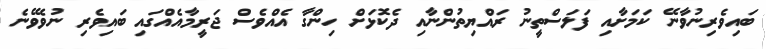
ބައިވެރިނުވާނޭ ކަމަށާއި ފަލަސްތީނު ރައްޔިތުންނާއި ދެކޮޅަށް ހިންގާ އެއްވެސް ޖަރީމާއެއްގައި ބައިވެރި ނުވެވޭނެ